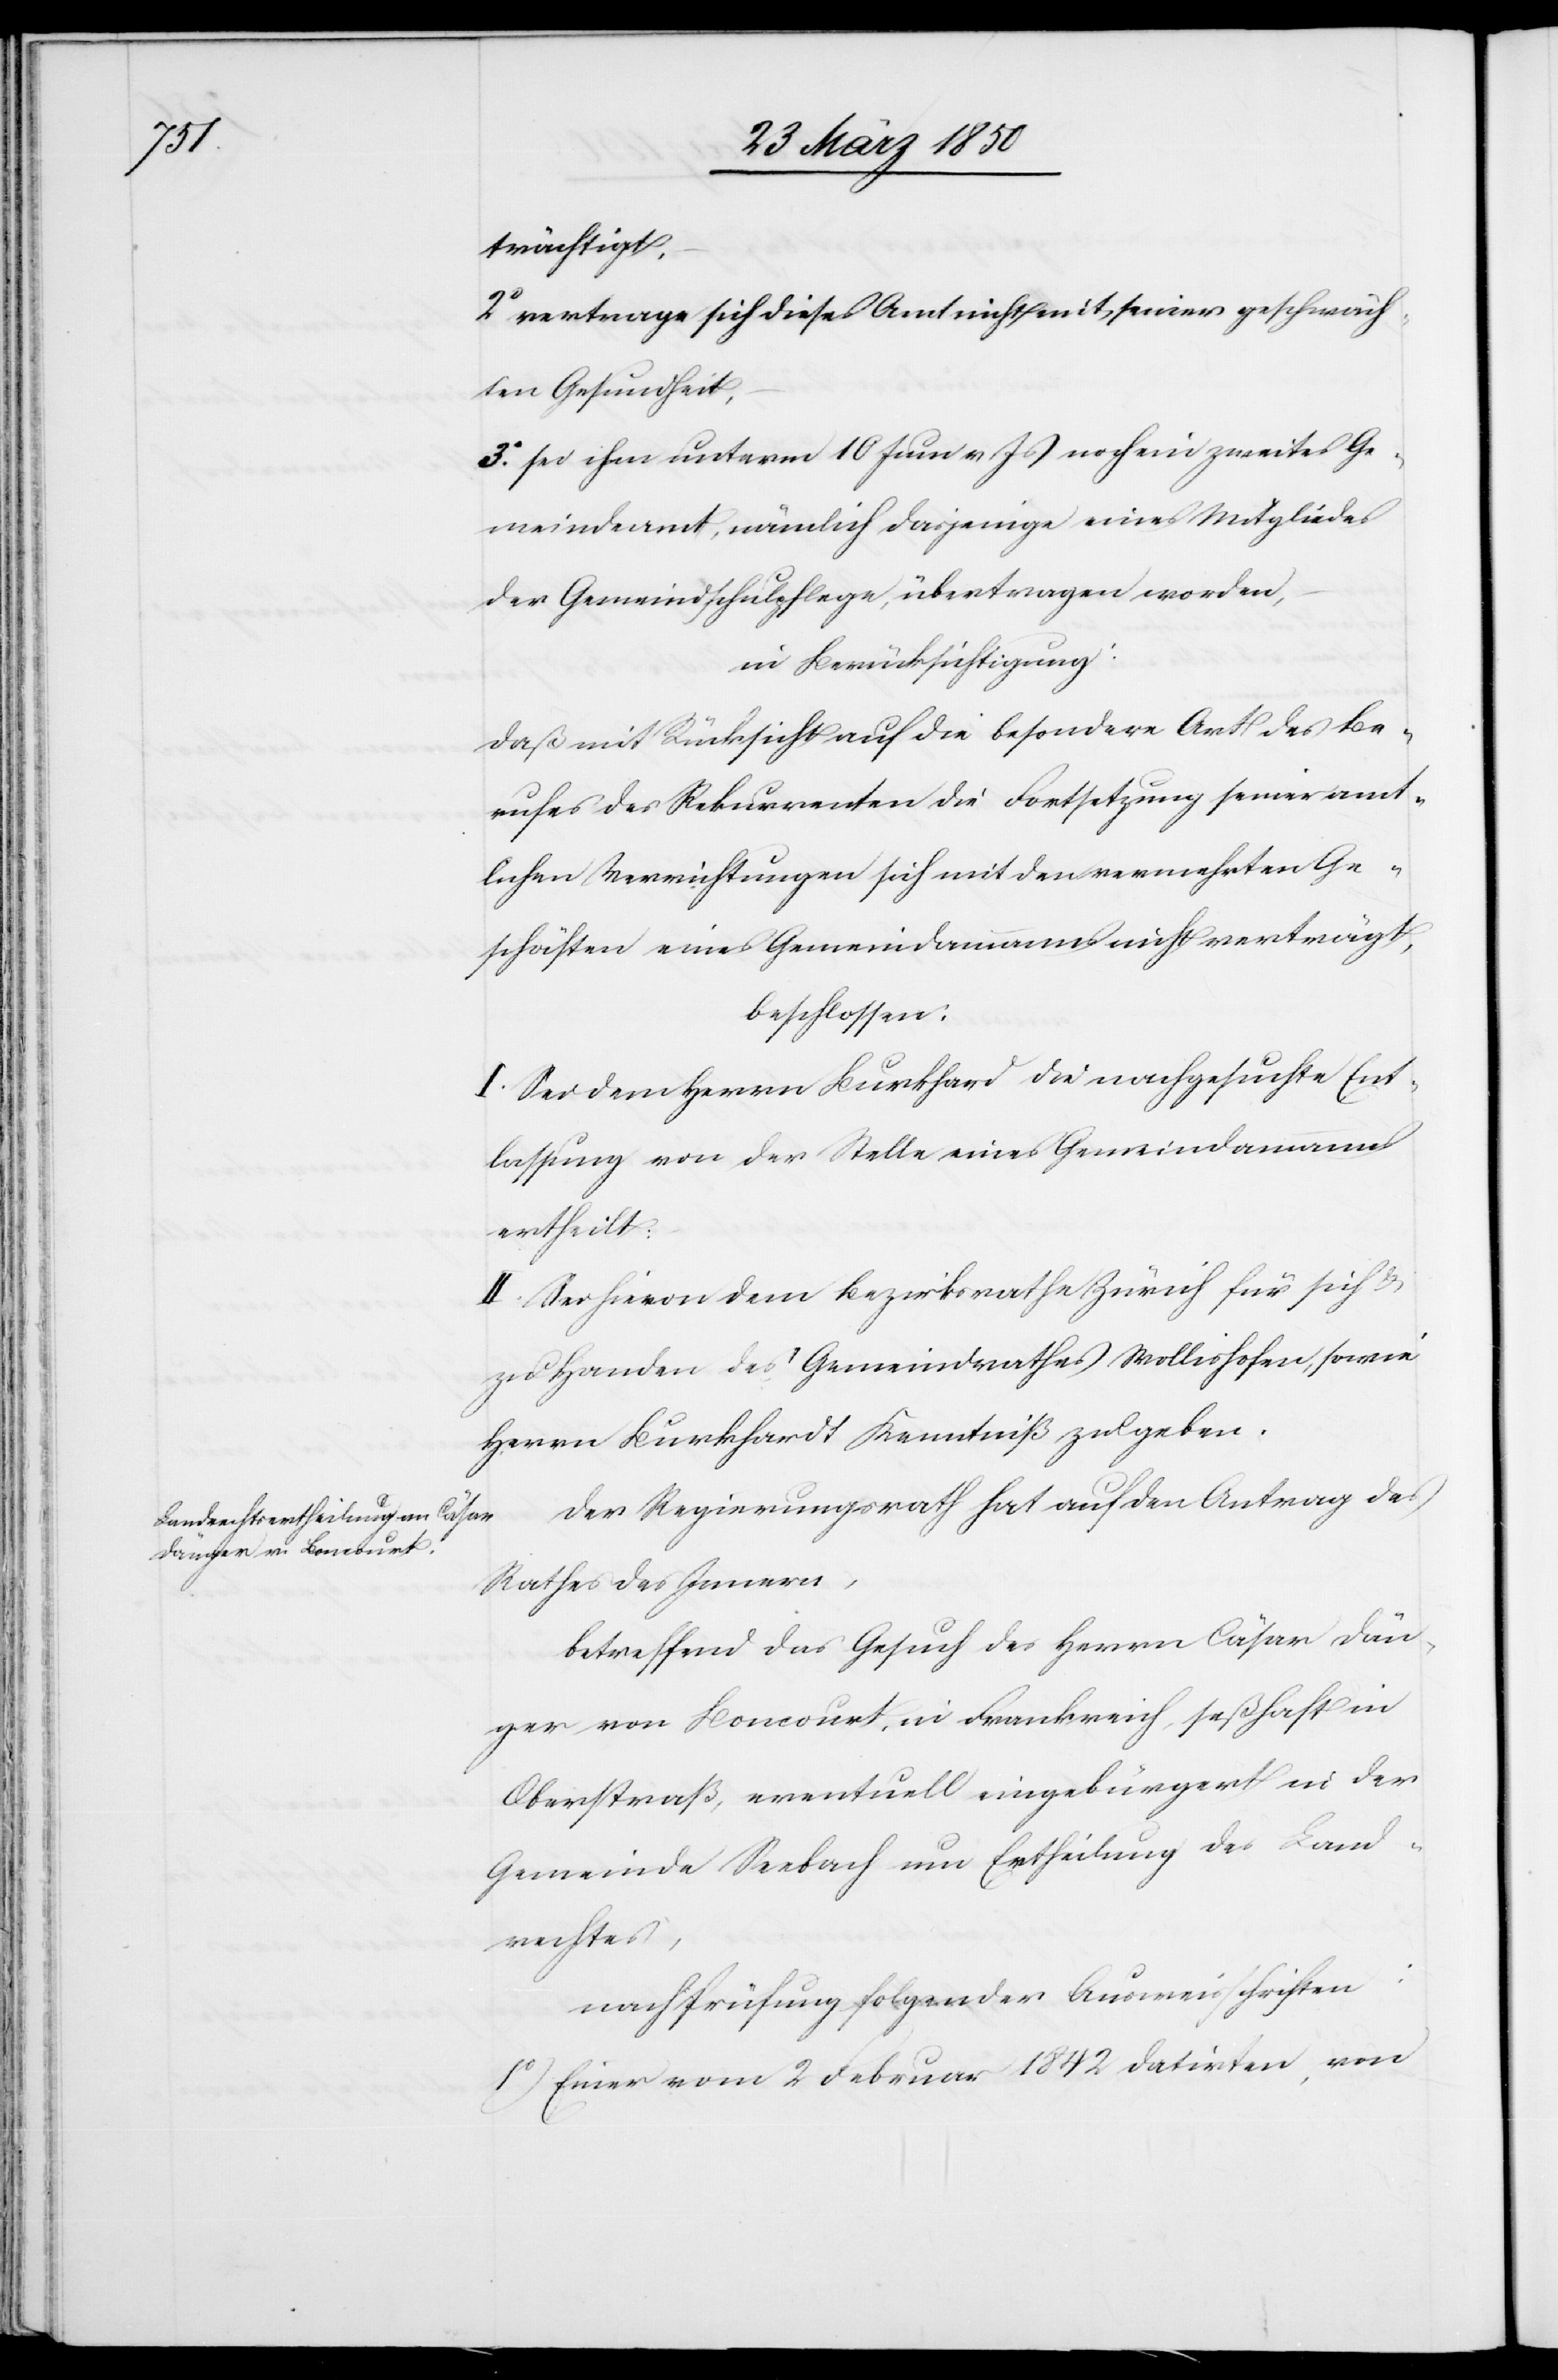
trächtigt.
2o vertrage sich dieses Amt nicht mit seiner geschwäch¬
ten Gesundheit,
3o sei ihm unterm 10 Juni v. Js noch ein zweites Ge¬
meindeamt, nämlich dasjenige eines Mitgliedes
der Gemeindschulpflege, übertragen worden,
in Berücksichtigung:
Daß mit Rücksicht auf die besondere Art des Be¬
rufes des Rekurrenten die Fortsetzung seiner amt¬
lichen Verrichtungen sich mit den vermehrten Ge¬
schäften eines Gemeindammanns nicht verträgt,
beschlossen:
I. Sei dem Herrn Burkhard die nachgesuchte Ent¬
lassung von der Stelle eines Gemeindammanns
ertheilt.
II. Sei hievon dem Bezirksrathe Zürich für sich &
zu Handen des Gemeindrathes Wollishofen, sowie
Herrn Burkhardt Kenntniß zu geben.
Der Regierungsrath hat auf den Antrag des
Rathes des Innern,
betreffend das Gesuch des Herrn Cäsar Dän¬
ger von Boncourt, in Frankreich, seßhaft in
Oberstraß, eventuell eingebürgert in der
Gemeinde Seebach um Ertheilung des Land¬
rechtes,
nach Prüfung folgender Ausweisschriften:
1o) Einer vom 2 Februar 1842 datirten, von